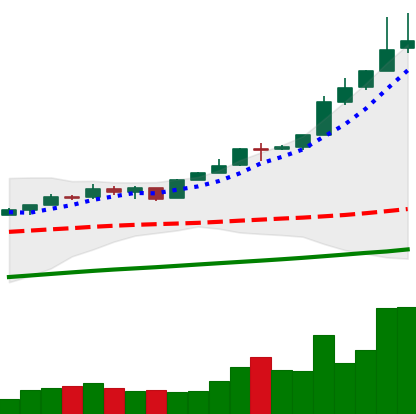
Ticker: BTC-USD
Chart end date: 2017-05-05
Forward return: 14.895%
Label: up_7plus